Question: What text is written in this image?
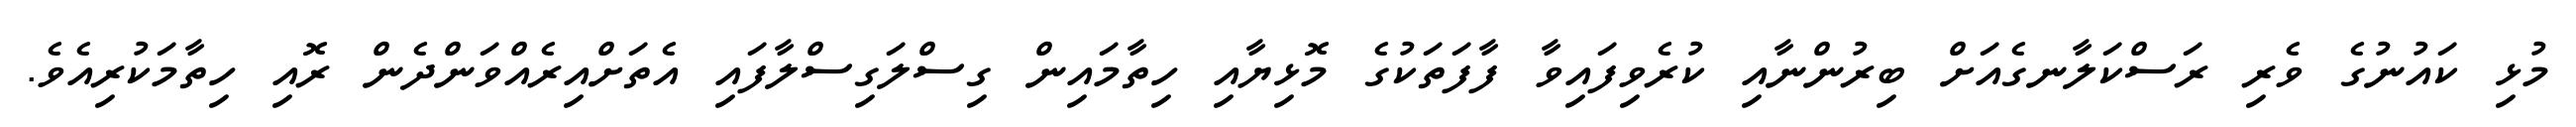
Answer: މުޅި ކައުނުގެ ވެރި ރަސްކަލާނގެއަށް ބިރުންނާއި ކުރެވިފައިވާ ފާފަތަކުގެ މޮޅިޔާއި ހިތާމައިން ގިސްލަގިސްލާފައި އެތަށްއިރެއްވަންދެން ރޮއި ހިތާމަކުރިއެވެ.